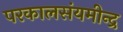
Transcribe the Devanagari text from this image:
परकालसंयमीन्द्र